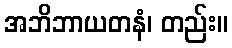
အဘိဘာယတနံ၊ တည်း။